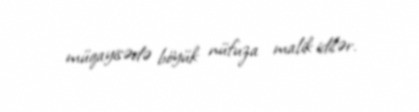
müqayisədə böyük nüfuza malik idilər.